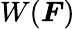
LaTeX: W({\boldsymbol{F}})